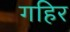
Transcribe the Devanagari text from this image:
गहिर